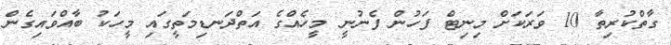
ގާތްކުރިތާ 10 ވަރަކަށް މިނިޓް ފަހުން ފެނުނީ މީހެއްގެ އަތްދަނޑިމަތީގައި މީހަކު ބާއްވައިގެން